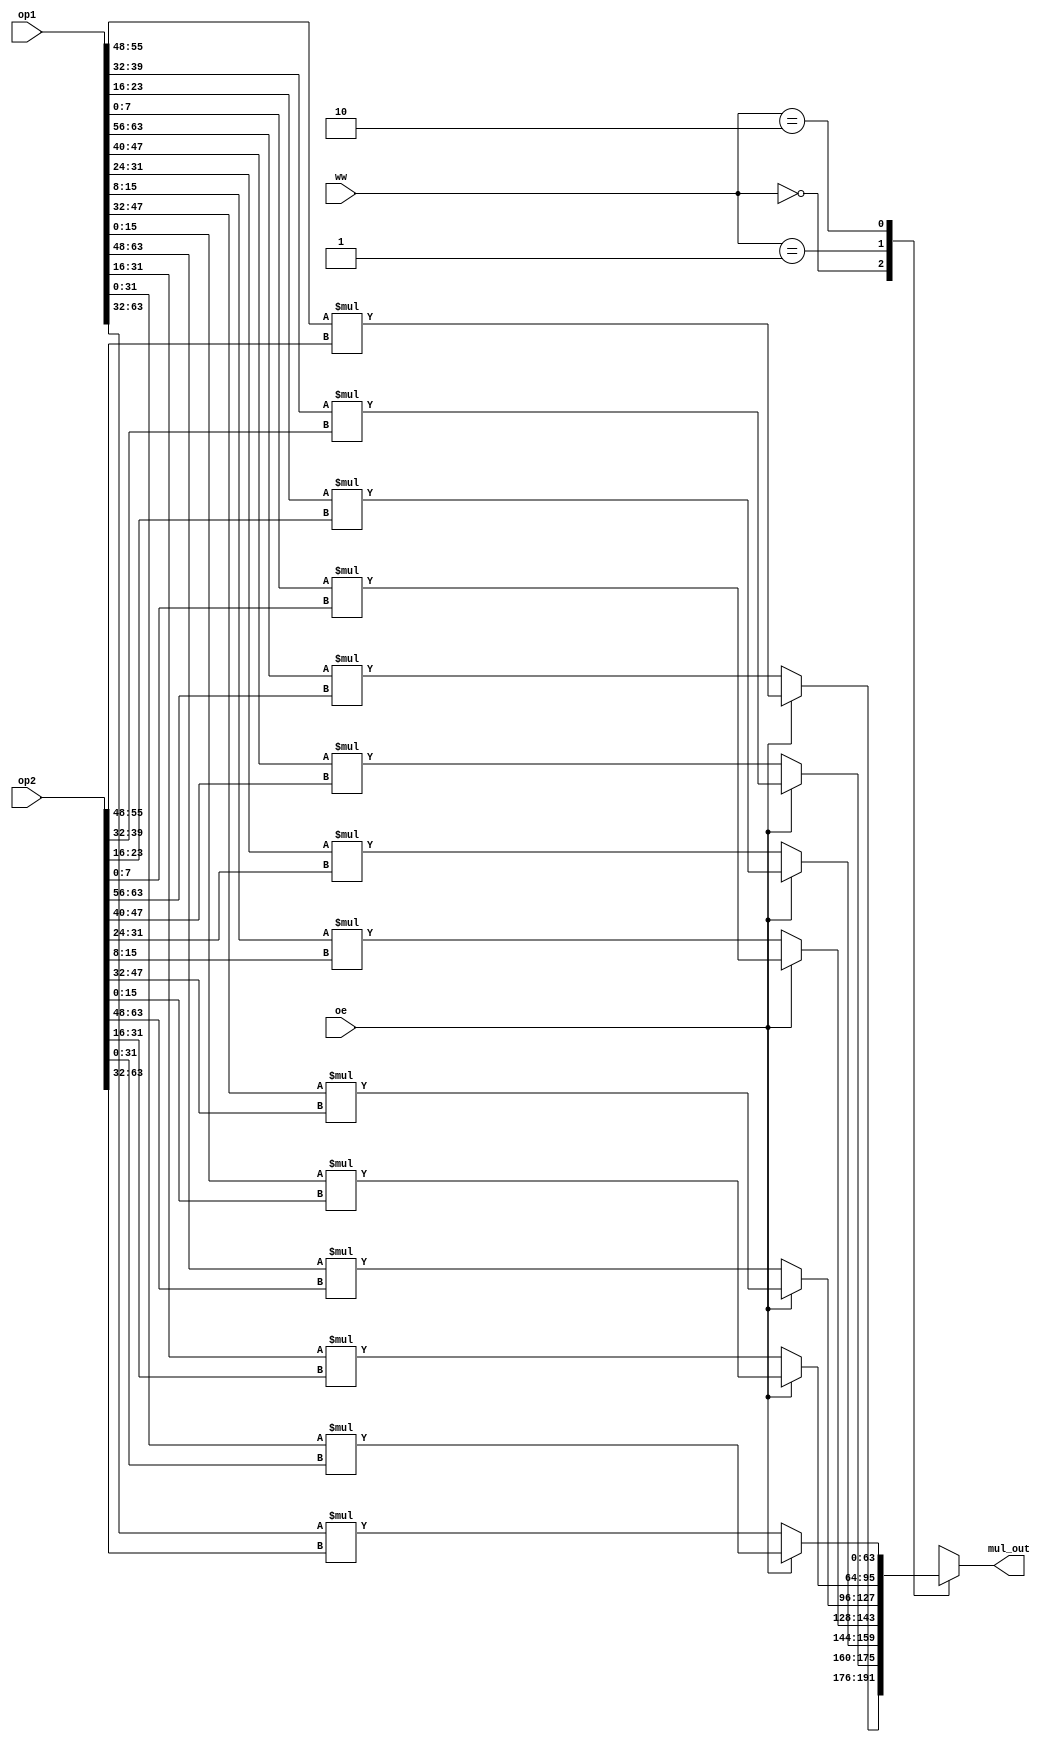
//lazy multiplier
module lazy_multiplier(
	input [0:63] op1, op2,
	input [1:0] ww,
	input oe,
	output reg [0:63] mul_out
	);

	integer i;
	always @(*) begin
		case(ww)
			2'b00: begin
				if(oe) begin
					mul_out[0:15] = op1[8:15] * op2[8:15];
					mul_out[16:31] = op1[24:31] * op2[24:31];
					mul_out[32:47] = op1[40:47] * op2[40:47];
					mul_out[48:63] = op1[56:63] * op2[56:63];
				end else begin
					mul_out[0:15] = op1[0:7] * op2[0:7];
					mul_out[16:31] = op1[16:23] * op2[16:23];
					mul_out[32:47] = op1[32:39] * op2[32:39];
					mul_out[48:63] = op1[48:55] * op2[48:55];
				end
			end
			2'b01: begin
				if(oe) begin
					mul_out[0:31] = op1[16:31] * op2[16:31];
					mul_out[32:63] = op1[48:63] * op2[48:63];
				end else begin
					mul_out[0:31] = op1[0:15] * op2[0:15];
					mul_out[32:63] = op1[32:47] * op2[32:47];
				end
			end
			2'b10: begin
				if(oe)
					mul_out = op1[32:63] * op2[32:63];
				else
					mul_out = op1[0:31] * op2[0:31];
			end
			2'b11: begin
				mul_out = 'bX;
			end
		endcase
	end
endmodule